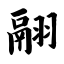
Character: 翮